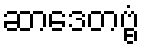
ဆာဒေတဗ္ဗံ